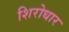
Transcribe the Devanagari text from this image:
शिरोधार